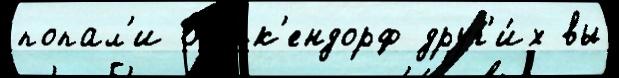
попал'и Б'енк'ендорф друг'и́х вы